Document type: Testament
Year: 1362
Scribe: Berenguer Vergós
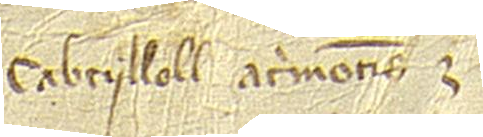
Cabeylloll Acrimontis.